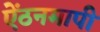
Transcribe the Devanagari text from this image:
ऐंठनमापी